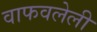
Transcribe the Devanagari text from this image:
वाफवलेली